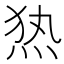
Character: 𰞖